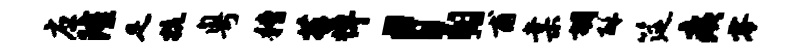
应隆足抗粤糟苔悼l甫棠胡酥筵痍零